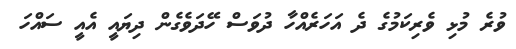
ވުރެ މުޅި ވެރިކަމުގެ ދެ އަހަރެއްހާ ދުވަސް ހޭދަވެގެން ދިޔައީ އެއީ ސައްހަ